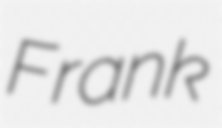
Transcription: Frank